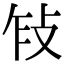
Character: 𢼎